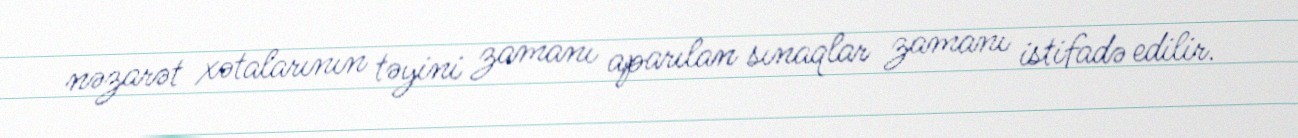
nəzarət xətalarının təyini zamanı aparılan sınaqlar zamanı istifadə edilir.